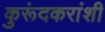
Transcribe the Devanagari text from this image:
कुरूंदकरांशी